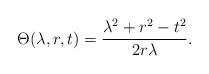
LaTeX: \begin{align*}\Theta(\lambda,r,t)=\frac{\lambda^2+r^2-t^2}{2r\lambda}.\end{align*}